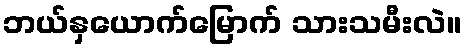
ဘယ်နှယောက်မြောက် သားသမီးလဲ။